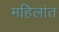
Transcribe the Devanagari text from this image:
महिलांत